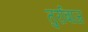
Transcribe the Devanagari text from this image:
तुर्राबाज